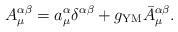
LaTeX: \begin{align*}A_\mu^{\alpha\beta}=a_\mu^{\alpha}\delta^{\alpha\beta}+g_{\rm YM}\bar A^{\alpha\beta}_\mu .\end{align*}